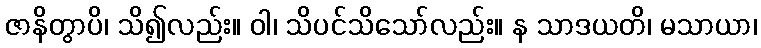
ဇာနိတွာပိ၊ သိ၍လည်း။ ဝါ၊ သိပင်သိသော်လည်း။ န သာဒယတိ၊ မသာယာ၊